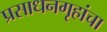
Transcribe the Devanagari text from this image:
प्रसाधनगृहांचा